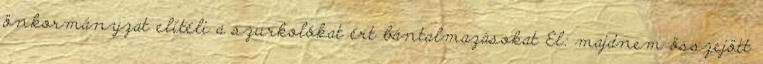
önkormányzat elítéli a szurkolókat ért bántalmazásokat El: majdnem összejött